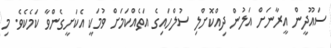
ސައޫދީން އީރާނަށް އަލުން ދިއްކޮށްލި ސުލްހައިގެ އަތެއްކަމަށް ވުމަކީ އެކަށީގެންވާ ކަމެކެވެ. މި